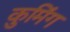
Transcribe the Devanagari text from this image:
कुमिंग